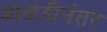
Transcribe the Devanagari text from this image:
आळंदीनंतर